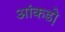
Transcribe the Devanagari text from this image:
आंकडो़